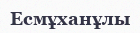
Есмұханұлы